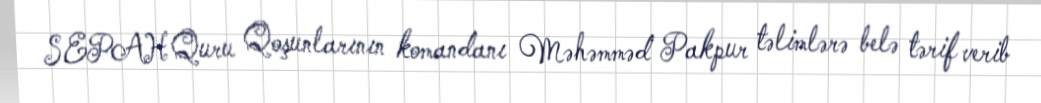
SEPAH Quru Qoşunlarının komandanı Məhəmməd Pakpur təlimlərə belə tərif verib